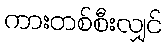
ကားတစ်စီးလျှင်